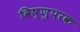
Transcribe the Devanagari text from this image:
विष्णुपरक